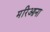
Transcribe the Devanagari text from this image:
मरिआना